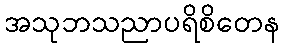
အသုဘသညာပရိစိတေန